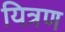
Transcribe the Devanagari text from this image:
यित्रण